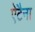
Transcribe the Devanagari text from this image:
ऐंटैना